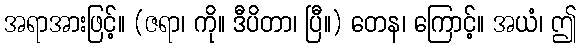
အရာအားဖြင့်။ (ဇရာ၊ ကို။ ဒီပိတာ၊ ပြီ။) တေန၊ ကြောင့်။ အယံ၊ ဤ